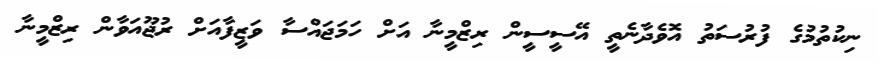
ނިކުތުމުގެ ފުރުސަތު އޮވެދާނެތީ އޭސީސީން ރިޒްމީނާ އަށް ހަމަޖައްސާ ވަޒީފާއަށް ރުޖޫއަވާން ރިޒްމީނާ